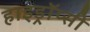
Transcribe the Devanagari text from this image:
हाइड्रॉप्सी